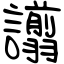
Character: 譾